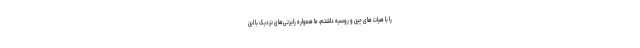
را با هیات های چین و روسیه داشتم، ما همواره رایزنی‌های نزدیک با این